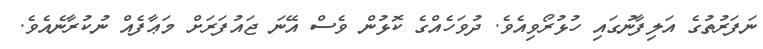
ނަފަރުތުގެ އަލިފާނުގައި ހުޅުރޯވިއެވެ. ދުވަހެއްގެ ކޮޅުން ވެސް އޭނަ ޖައުފަރަށް މަޢާފެއް ނުކުރާނެއެވެ.